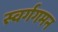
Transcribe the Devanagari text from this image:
स्वर्गगमन